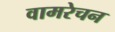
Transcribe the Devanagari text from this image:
वामरेचन